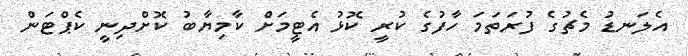
އެލަނޑު މެޗުގެ ފުރަތަމަ ހާފުގެ ކުރީ ކޮޅު އެޓީމަށް ކާމިޔާބު ކޮށްދިނީ ކެޕްޓަން